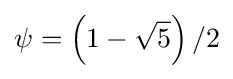
\psi =\left(1-{\sqrt {5}}\right)/2